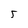
Character: 5